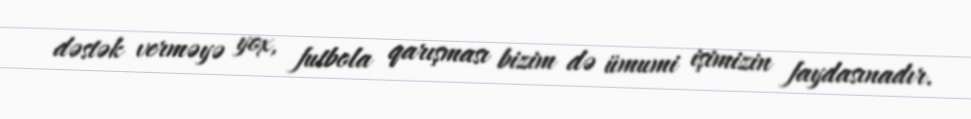
dəstək verməyə yox, futbola qarışması bizim də ümumi işimizin faydasınadır.